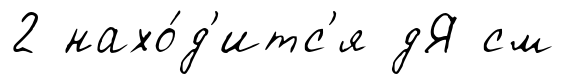
2 нахо́д'итс'я дЯ см